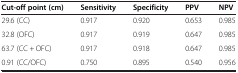
| Cut-off point (cm) | Sensitivity | Specificity | PPV | NPV |
 | --- | --- | --- | --- | --- |
 | 29.6 (CC) | 0.917 | 0.920 | 0.653 | 0.985 |
 | 32.8 (OFC) | 0.917 | 0.919 | 0.647 | 0.985 |
 | 63.7 (CC + OFC) | 0.917 | 0.918 | 0.647 | 0.985 |
 | 0.91 (CC/OFC) | 0.750 | 0.895 | 0.540 | 0.956 |